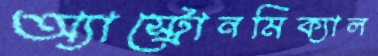
অ্যাস্ট্রোনমিক্যাল